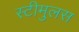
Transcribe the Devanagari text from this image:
स्टीमुलस